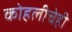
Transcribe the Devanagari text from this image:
कोहलीचेही